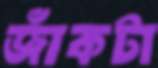
জাঁকটা